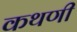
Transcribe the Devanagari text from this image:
कथणी